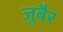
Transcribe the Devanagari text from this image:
जु़बैर